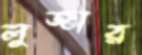
লুজার